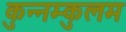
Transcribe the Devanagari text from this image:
कुन्नम्कुलम